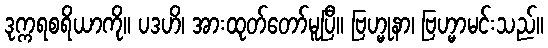
ဒုက္ကရစရိယာကို။ ပဒဟိ၊ အားထုတ်တော်မူပြီ။ ဗြဟ္မုနာ၊ ဗြဟ္မာမင်းသည်။